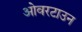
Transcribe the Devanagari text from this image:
ओवरटाउन